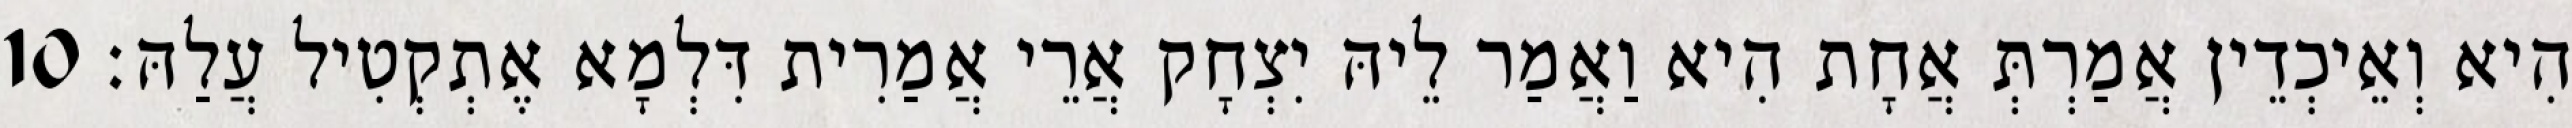
הִיא וְאֵיכְדֵין אֲמַרְתְּ אֲחָת הִיא וַאֲמַר לֵיהּ יִצְחָק אֲרֵי אֲמַרִית דִּלְמָא אֶתְקְטִיל עֲלַהּ׃ 10